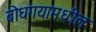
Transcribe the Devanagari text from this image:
बोधगयामधील